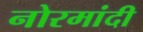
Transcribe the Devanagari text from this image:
नोरमांदी